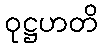
ဝုဋ္ဌဟတိ